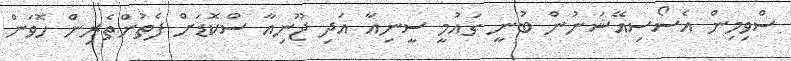
ސްވިމިން އެސޯސިއޭޝަނުން ބުނީ ގައުމީ ސީނިއާ އަދި ޖޫނިއާ ސްކޮޑަށް ފެތުންތެރިން ހޮވަން